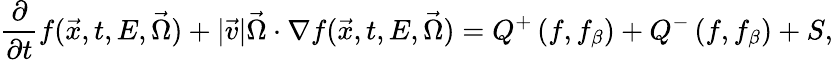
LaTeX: \frac{\partial}{\partial t}f(\vec{x},t,E,\vec{\Omega})+|\vec{v}|\vec{\Omega}\cdot\nabla f(\vec{x},t,E,\vec{\Omega})=Q^{+}\left(f,f_{\beta}\right)+Q^{-}\left(f,f_{\beta}\right)+S,